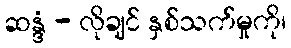
ဆန္ဒံ - လိုချင် နှစ်သက်မှုကို၊